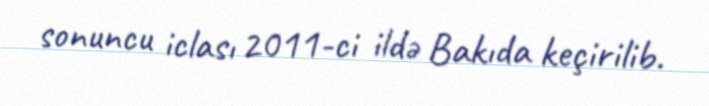
sonuncu iclası 2011-ci ildə Bakıda keçirilib.